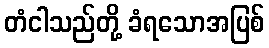
တံငါသည်တို့ ခံရသောအပြစ်